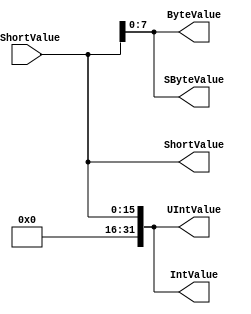
`timescale 1ns/1ps
`default_nettype none
// PLEASE READ THIS, IT MAY SAVE YOU SOME TIME AND MONEY, THANK YOU!
// * This file was generated by Quokka FPGA Toolkit.
// * Generated code is your property, do whatever you want with it
// * Place custom code between [BEGIN USER ***] and [END USER ***].
// * CAUTION: All code outside of [USER] scope is subject to regeneration.
// * Bad things happen sometimes in developer's life,
//   it is recommended to use source control management software (e.g. git, bzr etc) to keep your custom code safe'n'sound.
// * Internal structure of code is subject to change.
//   You can use some of signals in custom code, but most likely they will not exist in future (e.g. will get shorter or gone completely)
// * Please send your feedback, comments, improvement ideas etc. to evmuryshkin@gmail.com
// * Visit https://github.com/EvgenyMuryshkin/QuokkaEvaluation to access latest version of playground
//
// DISCLAIMER:
//   Code comes AS-IS, it is your responsibility to make sure it is working as expected
//   no responsibility will be taken for any loss or damage caused by use of Quokka toolkit.
//
// System configuration name is UnsignedCastModule_TopLevel, clock frequency is 1Hz, Top-level
// FSM summary
// -- Packages
module UnsignedCastModule_TopLevel
(
	// [BEGIN USER PORTS]
	// [END USER PORTS]
	input wire [15:0] UShortValue,
	output wire [7:0] ByteValue,
	output wire signed [31:0] IntValue,
	output wire signed [7:0] SByteValue,
	output wire signed [15:0] ShortValue,
	output wire [31:0] UIntValue
);
	// [BEGIN USER SIGNALS]
	// [END USER SIGNALS]
	localparam HiSignal = 1'b1;
	localparam LoSignal = 1'b0;
	wire Zero = 1'b0;
	wire One = 1'b1;
	wire true = 1'b1;
	wire false = 1'b0;
	wire [15: 0] Inputs_UShortValue;
	wire [7: 0] UnsignedCastModule_L13F34T58_Cast;
	wire signed [7: 0] UnsignedCastModule_L14F36T61_Cast;
	wire signed [15: 0] UnsignedCastModule_L15F36T61_Cast;
	wire [31: 0] UnsignedCastModule_L17F34T58_Cast;
	assign Inputs_UShortValue = UShortValue;
	assign UnsignedCastModule_L13F34T58_Cast = Inputs_UShortValue[7:0];
	assign ByteValue = UnsignedCastModule_L13F34T58_Cast;
	assign IntValue = {
		{16{1'b0}},
		Inputs_UShortValue
	}
	;
	assign UnsignedCastModule_L14F36T61_Cast = Inputs_UShortValue[7:0];
	assign SByteValue = UnsignedCastModule_L14F36T61_Cast;
	assign UnsignedCastModule_L15F36T61_Cast = Inputs_UShortValue;
	assign ShortValue = UnsignedCastModule_L15F36T61_Cast;
	assign UnsignedCastModule_L17F34T58_Cast = {
		{16{1'b0}},
		Inputs_UShortValue
	}
	;
	assign UIntValue = UnsignedCastModule_L17F34T58_Cast;
	// [BEGIN USER ARCHITECTURE]
	// [END USER ARCHITECTURE]
endmodule